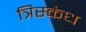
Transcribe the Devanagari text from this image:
त्रिस्कंध